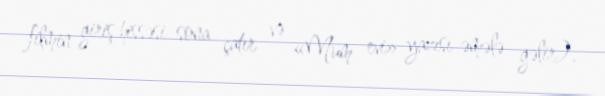
filmin giriş hissəsi sona çatır və «Mum evi» yazısı əmələ gəlir).